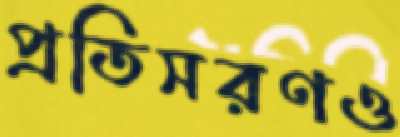
প্রতিসরণও